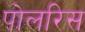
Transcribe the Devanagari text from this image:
पोलरिस